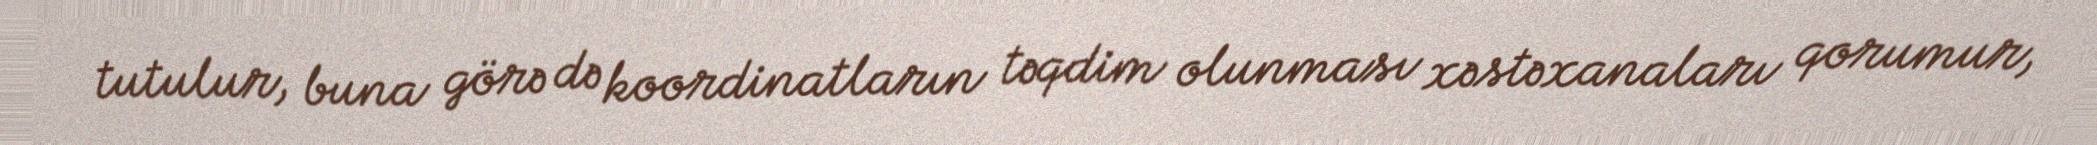
tutulur, buna görə də koordinatların təqdim olunması xəstəxanaları qorumur,